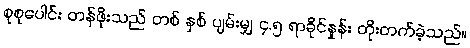
စုစုပေါင်း တန်ဖိုးသည် တစ် နှစ် ပျမ်းမျှ ၄.၅ ရာခိုင်နှုန်း တိုးတက်ခဲ့သည်။